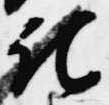
記